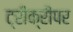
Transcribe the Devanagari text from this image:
ट्रीक्रीपर